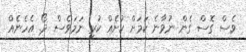
ވެސް ގޮސް ގެން ނުވާނެ ކަމަށް ކުށެއް ކުރި ނަމަވެސް ދޯ. އެހެނެއް